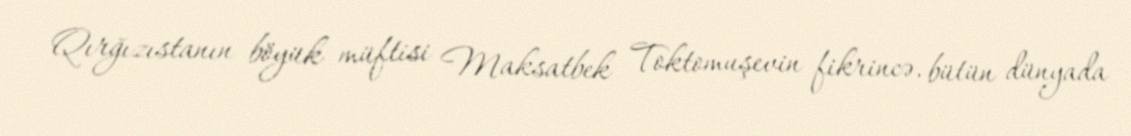
Qırğızıstanın böyük müftisi Maksatbek Toktomuşevin fikrincə, bütün dünyada